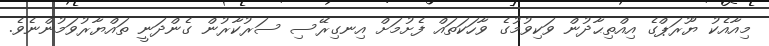
މިއާއެކު ޔޫރަޕްގެ އިއްތިޙާދުން ވަކިވުމުގެ ވާހަކަތައް ފެށުމަށް އިނގިރޭސި ސަރުކާރުން ގެންދަނީ ތައްޔާރުވަމުންނެވެ.